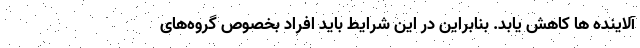
آلاینده ها کاهش یابد. بنابراین در این شرایط باید افراد بخصوص گروه‌های